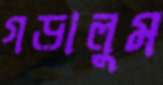
গড়ালুম